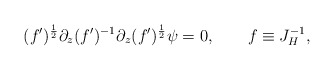
\begin{align*}(f')^{1\over 2}\partial_z (f')^{-1}\partial_z(f')^{1\over 2}\psi=0,\qquad f\equiv J_H^{-1},\end{align*}